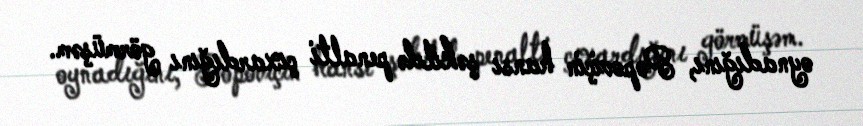
oynadığını, Popoviçin hansı şəkildə penalti çıxardığını görmüşəm.